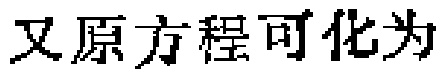
又原方程可化为